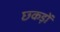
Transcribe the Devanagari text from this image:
छ्कड़ों